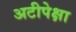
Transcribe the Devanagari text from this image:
अटीपेक्षा